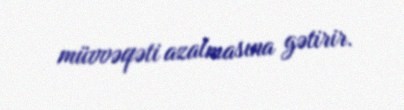
müvvəqəti azalmasına gətirir.